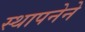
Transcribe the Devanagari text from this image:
स्‍थापनेने